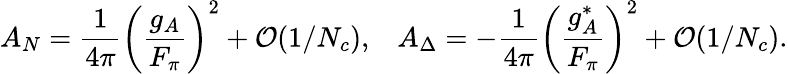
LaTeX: A_{N}=\frac{1}{4\pi}\left(\frac{g_{A}}{F_{\pi}}\right)^{2}+{\cal O}(1/N_{c}),\; \; \; A_{\Delta}=-\frac{1}{4\pi}\left(\frac{g_{A}^{*}}{F_{\pi}}\right)^{2}+{\cal O}(1/N_{c}).